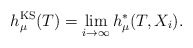
\begin{align*}h_{\mu}^{\mathrm{KS}}(T)=\lim\limits_{i\to\infty} h^\ast_\mu(T,X_i).\end{align*}